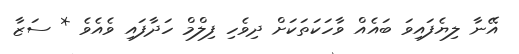
އޭނާ ލިޔެފައިވަ ބައެއް ވާހަކަތަކަށް ދިވެހި ފިލްމް ހަދާފައި ވެއެވެ * ސަޒާ